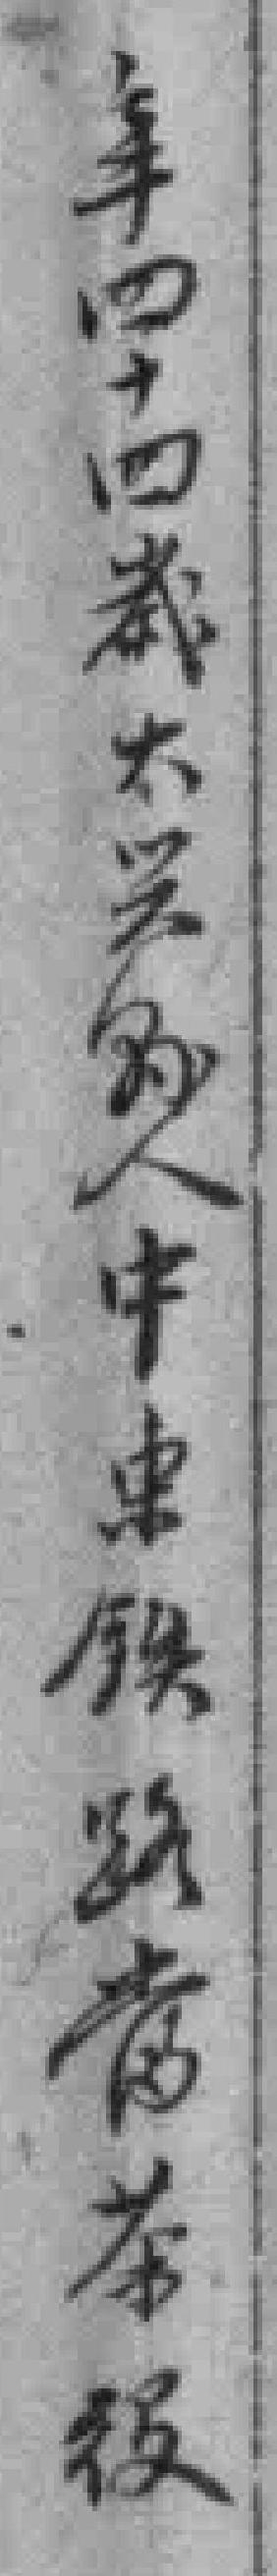
年四十四歲大兴縣人中東铁路當茶役